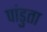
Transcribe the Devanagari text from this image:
पांडुता